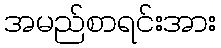
အမည်စာရင်းအား